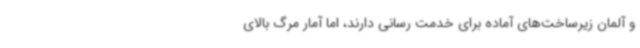
و آلمان زیرساخت‌های آماده برای خدمت رسانی دارند، اما آمار مرگ بالای